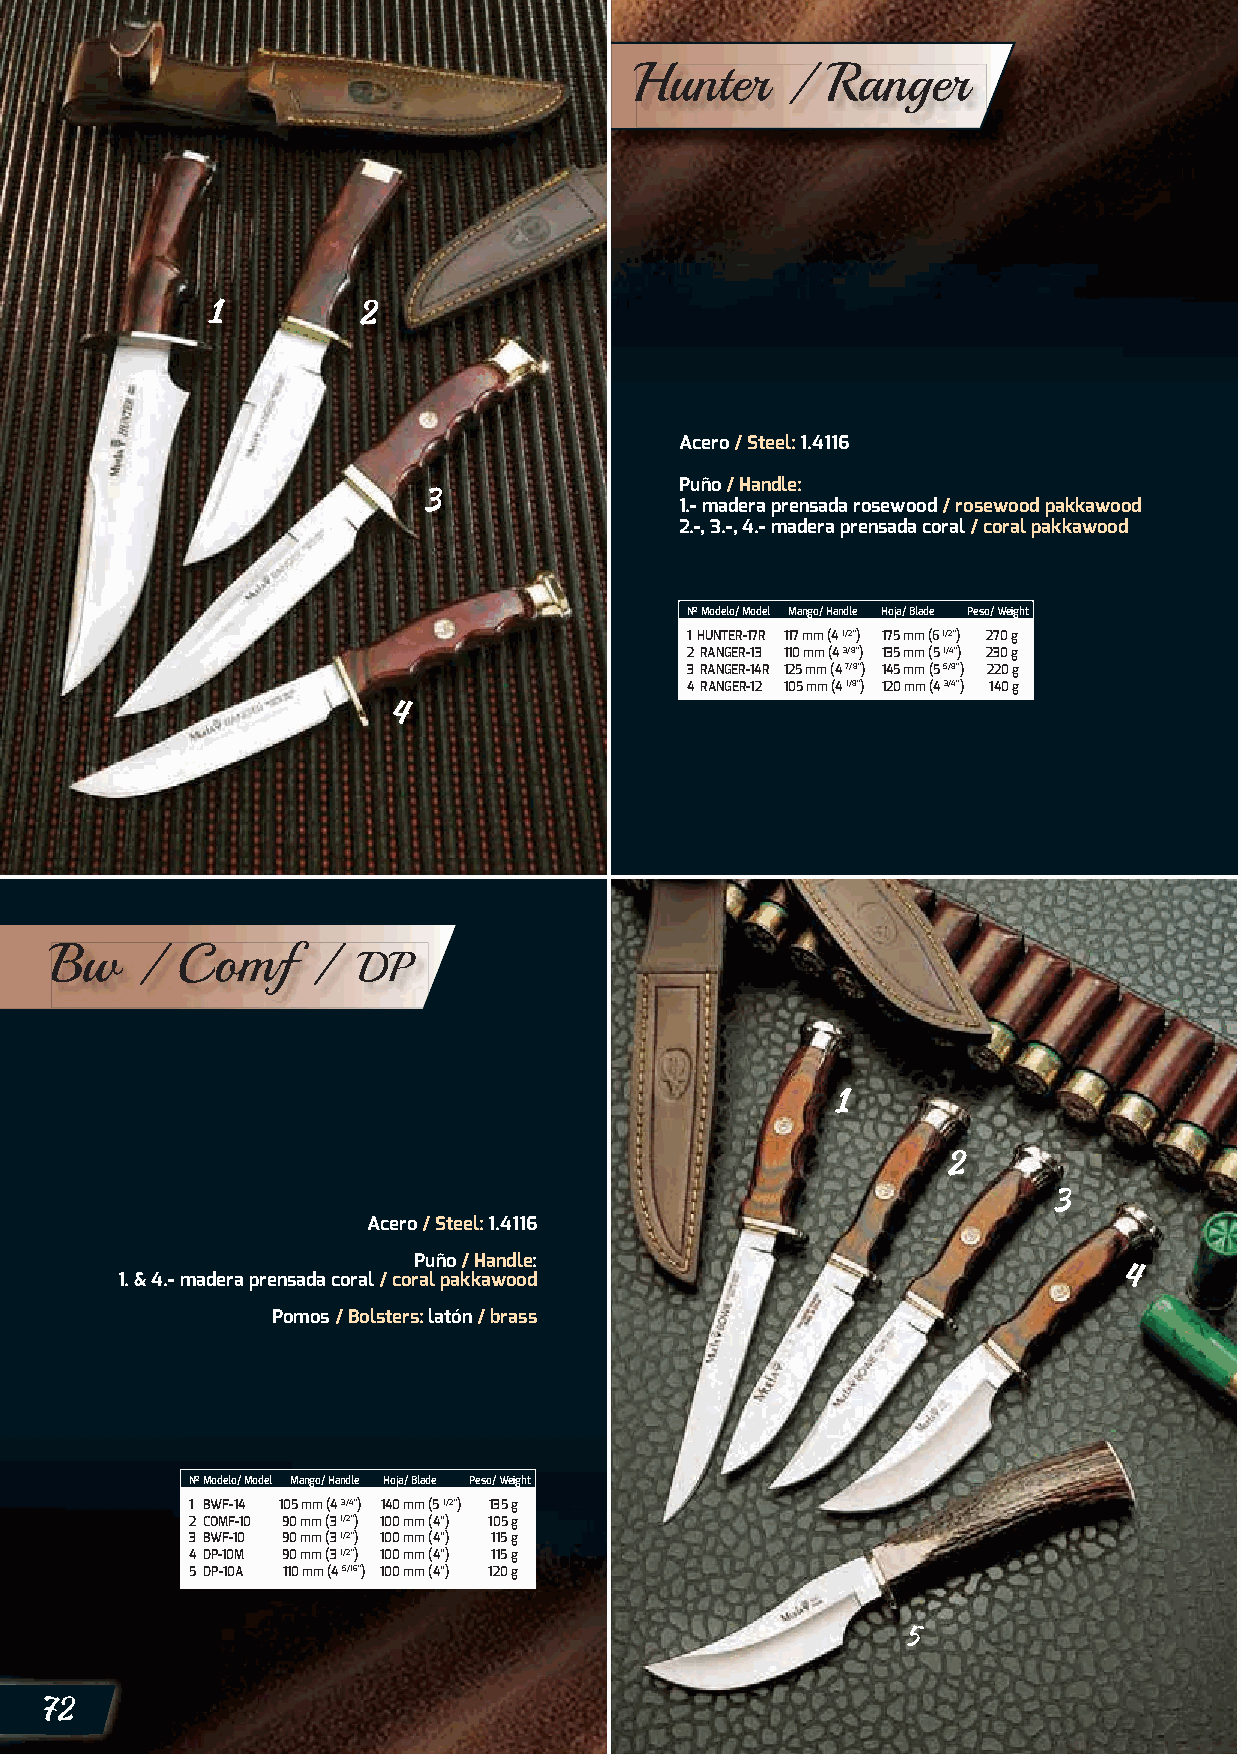
Hunter    /  Ranger
 Acero / Steel: 1.4116
 Puño / Handle:
 1.- madera prensada rosewood / rosewood pakkawood
 2.-, 3.-, 4.- madera prensada coral / coral pakkawood
 Nº Modelo/ Model Mango/ Handle Hoja/ Blade Peso/ Weight
 1 HUNTER-17R 117 mm (4 1/2”) 175 mm (6 1/2”) 270 g
 2 RANGER-13 110 mm (4 3/8”) 135 mm (5 1/4”) 230 g
 3 RANGER-14R 125 mm (4 7/8”) 145 mm (5 5/8”) 220 g
 4 RANGER-12 105 mm (4 1/8”) 120 mm (4 3/4”) 140 g
 Bw    /  Comf    /
 DP
 Acero / Steel: 1.4116
 Puño / Handle:
 1. & 4.- madera prensada coral / coral pakkawood
 Pomos / Bolsters: latón / brass
 Nº Modelo/ Model Mango/ Handle Hoja/ Blade Peso/ Weight
 1 BWF-14 105 mm (4 3/4”) 140 mm (5 1/2”) 135 g
 2 COMF-10 90 mm (3 1/2”) 100 mm (4”) 105 g
 3 BWF-10 90 mm (3 1/2”) 100 mm (4”) 115 g
 4 DP-10M 90 mm (3 1/2”) 100 mm (4”) 115 g
 5 DP-10A 110 mm (4 5/16”) 100 mm (4”) 120 g
 72